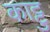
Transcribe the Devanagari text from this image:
काट्टु